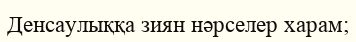
Денсаулыққа зиян нәрселер харам;